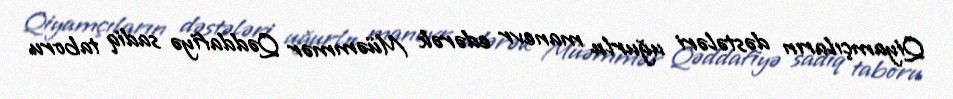
Qiyamçıların dəstələri uğurlu manevr edərək Müəmmər Qəddafiyə sadiq taboru